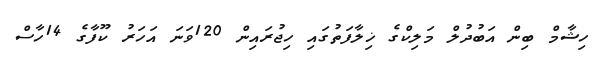
ހިޝާމް ބިން އަބުދުލް މަލިކްގެ ޚިލާފަތުގައި ހިޖުރައިން 120ވަނަ އަހަރު ކޫފާގެ 14ހާސް